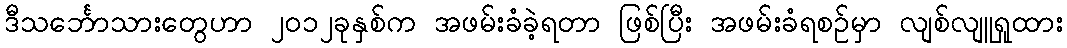
ဒီသင်္ဘောသားတွေဟာ ၂၀၁၂ခုနှစ်က အဖမ်းခံခဲ့ရတာ ဖြစ်ပြီး အဖမ်းခံရစဉ်မှာ လျစ်လျူရှုထား